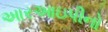
આરઆઇપીનો